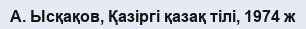
А. Ысқақов, Қазіргі қазақ тілі, 1974 ж